Lunatic asylums in Bengal annual reports 1888-1898 - 1888-1898
Year: 1888
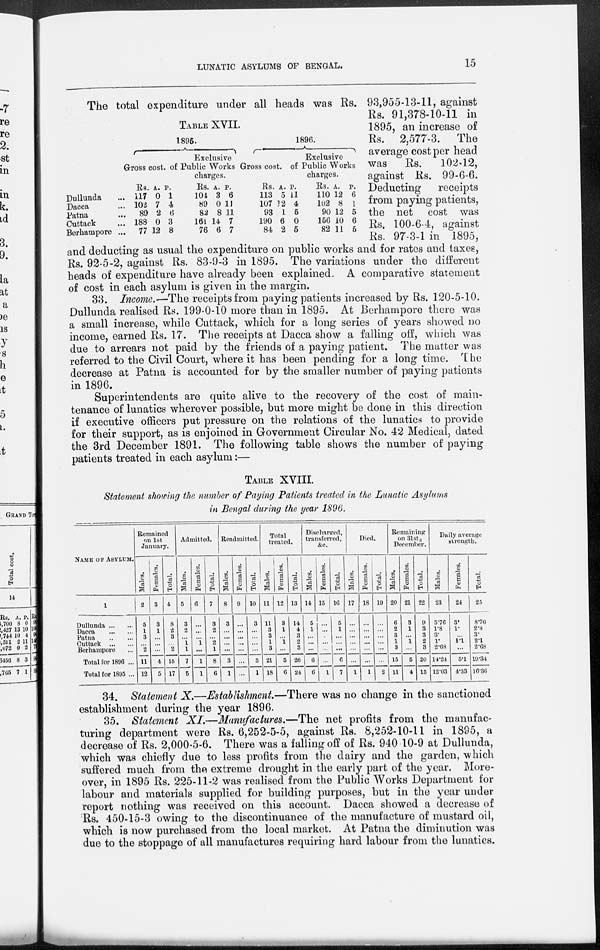
LUNATIC ASYLUMS OF BENGAL.
15
TABLE XVII.
Dullunda ...
Dacca ...
Patna ...
Cuttack ...
Berhampore ...
1895.
Gross cost
Rs.
117
102
89
188
77
A.
0
7
2
0
12
Exclusive
of Public Works
charges.
P.
1
4
6
3
8
Rs.
104
89
82
161
76
A.
3
0
8
14
6
P.
6
11
11
7
7
1896.
Gross cost.
Rs.
113
107
93
190
84
A.
5
12
1
6
2
Exclusive
of Public Works
charges.
P.
11
4
5
0
5
Rs.
110
102
90
156
82
A.
12
8
12
10
11
P.
6
1
5
6
5
The total expenditure under all heads was Rs. 93,955-13-11, against
Rs. 91,378-10-11 in
1895, an increase of
Rs. 2,577-3. The
average cost per head
was
Rs.
102-12,
against Rs. 99-6-6.
Deducting
receipts
from paying patients,
the net cost was
Rs. 100-6-4, against
Rs. 97-3-1 in 1895,
and deducting as usual the expenditure on public works and for rates and taxes,
Rs. 92-5-2, against Rs. 83-9-3 in 1895. The variations under the different
heads of expenditure have already been explained, A comparative statement
of cost in each asylum is given in the margin.
33. Income.—The receipts from paying patients increased by Rs. 120-5-10.
Dullunda realised Rs. 199-0-10 more than in 1895. At Berhampore there was
a small increase, while Cuttack, which for a long series of years showed no
income, earned Rs. 17. The receipts at Dacca show a falling off, which was
due to arrears not paid by the friends of a paying patient. The matter was
referred to the Civil Court, where it has been pending for a long time. The
decrease at Patna is accounted for by the smaller number of paying patients
in 1896.
Superintendents are quite alive to the recovery of the cost of main-
tenance of lunatics wherever possible, but more might be done in this direction
if executive officers put pressure on the relations of the lunatics to provide
for their support, as is enjoined in Government Circular No. 42 Medical, dated
the 3rd December 1891. The following table shows the number of paying
patients treated in each asylum:—
TABLE XVIII.
Statement showing the number of Paying Patients treated in the Lunatic Asylums
in Bengal during the year 1896.
NAME OF ASYLUM.
1
Dullunda ... ...
Dacca
...
...
Patna
...
...
Cuttack
...
...
Berhampore ...
Total for 1896 ...
Total for 1895 ...
Remained
on 1st
January.
Males.
2
5
1
3
... 2
11
12
Females.
3
3
1
...
...
...
4
5
Total.
4
8
2
3
... 2
15
17
Admitted.
Males.
5
3
2
...
1
1
7
5
Females.
6
...
...
...
1
...
1
1
Total.
7
3
2
...
2
1
8
6
Readmitted.
Males.
8
3
...
...
...
...
3
1
Females.
9
...
...
...
...
...
...
...
Total.
10
3
...
...
...
...
3
1
Total
treated.
Males.
11
11
3
3
1
3
21
18
Females.
12
3
1
...
1
...
5
6
Total.
13
14
4
3
2
3
26
24
Discharged,
transferred,
&c.
Males.
14
5
1
...
...
...
6
6
Females.
15
...
...
...
...
...
...
1
Total.
16
5
1
...
...
...
6
7
Died.
Males.
17
...
...
...
...
...
...
1
Females.
18
...
...
...
...
...
...
1
Total.
19
...
...
...
...
...
...
2
Remaining
on 31st
December.
Males.
20
6
2
3
1
3
15
11
Females.
21
3
1
...
1
...
5
4
Total.
22
9
3
3
2
3
20
15
Daily average
strength.
Males.
23
5.76
1.8
3.
1.
2.68
14.24
12.03
Females.
24
3.
1.
... 1.1
...
5.1
4.33
Total.
25
8.76
2.8
3.
2.1
2.68
19.34
16.36
34. Statement X.—Establishment.—There was no change in the sanctioned
establishment during the year 1896.
35. Statement XI.—Manufactures.—The net profits from the manufac-
turing department were Rs. 6,252-5-5, against Rs. 8,252-10-11 in 1895, a
decrease of Rs. 2,000-5-6. There was a falling off of Rs. 940 10-9 at Dullunda,
which was chiefly due to less profits from the dairy and the garden, which
suffered much from the extreme drought in the early part of the year. More-
over, in 1895 Rs. 225-11-2 was realised from the Public Works Department for
labour and materials supplied for building purposes, but in the year under
report nothing was received on this account. Dacca showed a decrease of
Rs. 450-15-3 owing to the discontinuance of the manufacture of mustard oil,
which is now purchased from the local market. At Patna the diminution was
due to the stoppage of all manufactures requiring hard labour from the lunatics.